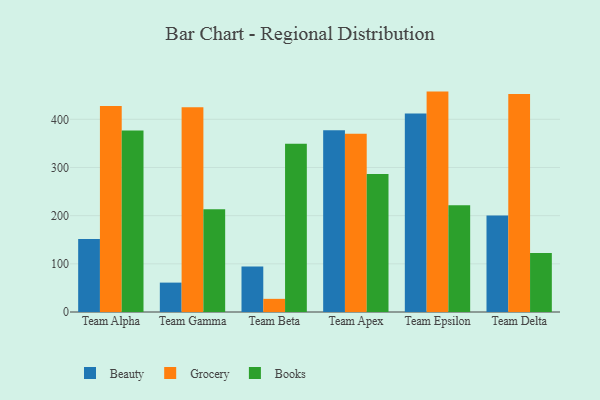
{"axis": {"x": "Team", "y": "Demand Index"}, "legend": ["Beauty", "Books", "Grocery"], "data": [{"x": "Team Alpha", "y": 151.6, "type": "Beauty"}, {"x": "Team Alpha", "y": 427.8, "type": "Grocery"}, {"x": "Team Alpha", "y": 376.8, "type": "Books"}, {"x": "Team Gamma", "y": 61.0, "type": "Beauty"}, {"x": "Team Gamma", "y": 425.1, "type": "Grocery"}, {"x": "Team Gamma", "y": 213.2, "type": "Books"}, {"x": "Team Beta", "y": 94.4, "type": "Beauty"}, {"x": "Team Beta", "y": 27.3, "type": "Grocery"}, {"x": "Team Beta", "y": 349.3, "type": "Books"}, {"x": "Team Apex", "y": 377.3, "type": "Beauty"}, {"x": "Team Apex", "y": 370.2, "type": "Grocery"}, {"x": "Team Apex", "y": 286.6, "type": "Books"}, {"x": "Team Epsilon", "y": 411.9, "type": "Beauty"}, {"x": "Team Epsilon", "y": 457.5, "type": "Grocery"}, {"x": "Team Epsilon", "y": 221.8, "type": "Books"}, {"x": "Team Delta", "y": 200.4, "type": "Beauty"}, {"x": "Team Delta", "y": 452.3, "type": "Grocery"}, {"x": "Team Delta", "y": 122.4, "type": "Books"}]}